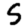
Digit: 5